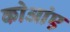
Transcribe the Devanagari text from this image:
कोआंए